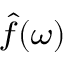
\scriptstyle { \hat { f } } ( \omega )